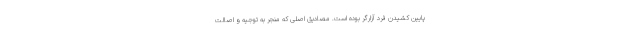
پایین کشیدن فرد آزارگر بوده است. مصادیق اصلی که منجر به توجیه و اصالت